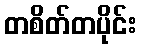
တစိတ်တပိုင်း